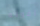
اقوله